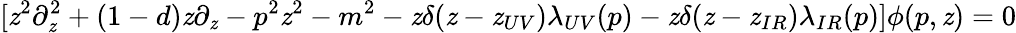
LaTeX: [\mathit{z}^{2}\partial_{\mathit{z}}^{2}+(1-d)\mathit{z}\partial_{\mathit{z}}-p^{2}\mathit{z}^{2}-m^{2}-\mathit{z}\delta(\mathit{z}-\mathit{z}_{UV})\lambda_{UV}(p)-\mathit{z}\delta(\mathit{z}-\mathit{z}_{IR})\lambda_{IR}(p)]\phi(p,\mathit{z})=0